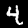
Label: 4